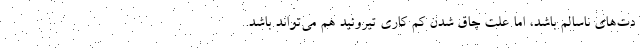
دت‌های ناسالم باشد، اما علت چاق شدن کم کاری تیروئید هم می‌تواند باشد.